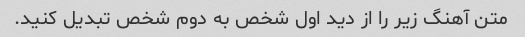
متن آهنگ زیر را از دید اول شخص به دوم شخص تبدیل کنید.